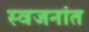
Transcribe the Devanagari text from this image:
स्वजनांत